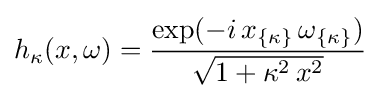
h_{\kappa }(x,\omega )={\frac {\exp(-i\,x_{\{\kappa \}}\,\omega _{\{\kappa \}})}{\sqrt {1+\kappa ^{2}\,x^{2}}}}